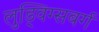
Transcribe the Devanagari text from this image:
लुड्विग्सबर्ग